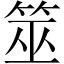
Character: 筮